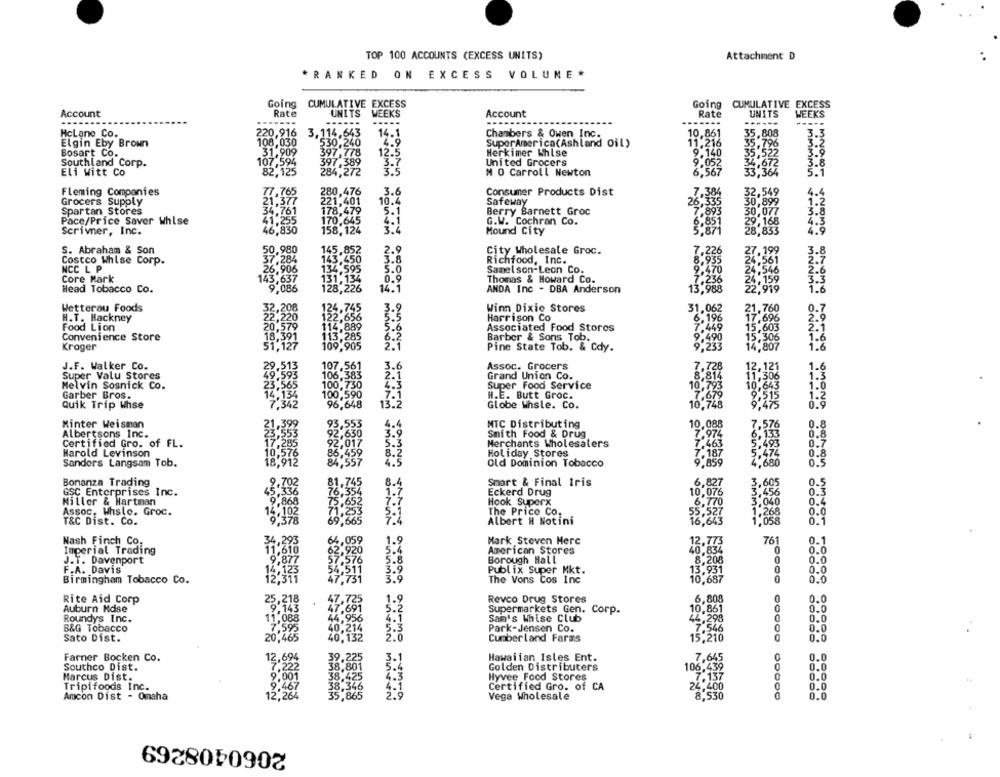
TOP 100 ACCOUNTS (EXCESS UNITS)
Attachment D
*RANKED ON EXCESS VOLUME*
Going CUMULATIVE EXCESS
Going CUMULATIVE EXCESS
Account
Rate
UNITS
WEEKS
Account
Rate
UNITS
WEEKS
...
-----
220,916
3.114,643
14.1
10,861
35.808
5.3
HcLane Co.
108,030
Chambers & Owen Inc.
35.796
5.2
Elgin Eby Brown
530,240
4.9
SuperAmerica(Ashland Oil)
11.216
Bosart Co.
31,909
397.778
12.5
Herkimer Whlse
9.140
35.522
Southland Corp.
107,594
397,389
3.7
United Grocers
9.052
34.672
3.8
Eli Witt Co
82,125
284,272
3.5
M O Carroll Newton
6.567
33,364
5.1
Fleming Companies
77,765
280,476
3.6
Consumer Products Dist
32,549
4.4
Grocers Supply
21,377
221,401
10.4
Safeway
26.335
30,899
1.2
Spartan Stores
34,761
178,479
5.1
Berry Barnett Groc
7.893
3.8
Pace/Price Saver Whlse
41.255
170.645
4.1
G.W. Cochran Co.
6.851
Scrivner, Inc.
46,830
158,124
Mound City
5,87
S. Abraham & Son
50,980
145,852
CEO
5-8
City Wholesale Groc.
Costco Whise Corp.
37,284
143,450
Richfood, Inc.
NCC L P
26,906
134,595
5.0
Samelson-Leon Co.
Core Mark
131,134
Thomas & Howard Co.
128,226
14.1
Head Tobacco Co.
ANDA Inc - DBA Anderson
13,988
Wetterau Foods
124.745
M
Winn Dixie Stores
31,062
H.T. Hackney
22,220
122,656
Harrison Co
6,196
Food Lion
20,579
114,889
Associated Food Stores
7.449
113,285
9.490
Convenience Store
109 905
6.2
Barber & Sons Tob.
Kroger
51,127
2.1
Pine State Tob. & Cdy.
9,233
J.F. Walker Co.
3.6
Assoc. Grocers
Super Valu Stores
Grand Union Co.
Melvin Sosnick Co.
Super Food Service
Garber Bros.
H.E. Butt Groc.
Quik Trip Whse
13.2
Globe Whsle. Co.
Minter Weisman
MTC Distributing
10,088
7.576
Albertsons Inc.
Smith Food & Drug
7.974
6,133
Certified Gro. of FL.
Merchants Wholesalers
7.463
7.187
5.474
Harold Levinson
8.2
Holiday Stores
Sandors Langsam Tob.
4.5
Old Dominion Tobacco
9,859
2,680
MONG han
-WWW
Bonanza Trading
Smart & Final Iris
6,827
3,605
0.5
0.3
GSC Enterprises Inc.
Eckerd Drug
10,076
3.456
Miller & Hartman
Hook Superx
6,770
3.040
0.4
Assoc. Whsle. Groc.
The Price Co.
55,527
0.0
T&C Dist. Co.
9.378
Albert H Notini
16,643
0.1
Nash Finch Co.
4,293
64
.059
1.9
Mark Steven Here
12,773
761
0.1
Imperial Trading
20
5.
American Stores
40,834
0
0.0
J.T. Davenport
576
5.8
Borough Hall
8,208
0
0.0
6.9
F.A. Davis
.51
Publix Super Mkt.
13,931
0
0.0
Birmingham Tobacco Co.
.751
3.9
The Vons Cos Inc
10,687
0
0.0
1.9
Revco Drug Stores
6,808
0.0
Rite Aid Corp
25,218
9.14
5.2
Auburn Kdse
47.
Supermarkets Gen. Corp.
0.0
Roundys Inc.
11,088
4.1
Sam's Whise Club
44,298
0.0
B&G Tobacco
7,59
40,214
Park-Jensen Co.
7.546
0
0.0
Sato Dist.
20
40,132
2.0
Cumberland Farms
15,210
0.0
Farner Bocken Co.
2,69
39.225
3.1
Hawaiian Isles Ent.
7,645
0.0
Southco Dist.
,801
Golden Distributers
106,439
0
0.0
Marcus Dist.
38.425
4.3
Hyvee Food Stores
7.137
0.0
9.001
38,346
0.0
Tripifoods Inc.
4.1
Certified Gro. of CA
24,400
Ancon Dist - Omaha
12,26
35,865
2.9
Vega Wholesale
8,530
0.0
2060408269